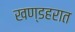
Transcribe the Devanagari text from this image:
खण्डहरात